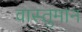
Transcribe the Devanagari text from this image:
वास्तुमान